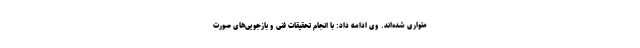
متواری شده‌اند. وی ادامه داد: با انجام تحقیقات فنی و بازجویی‌های صورت